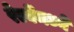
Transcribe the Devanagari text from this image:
रेल्वेंमध्ये